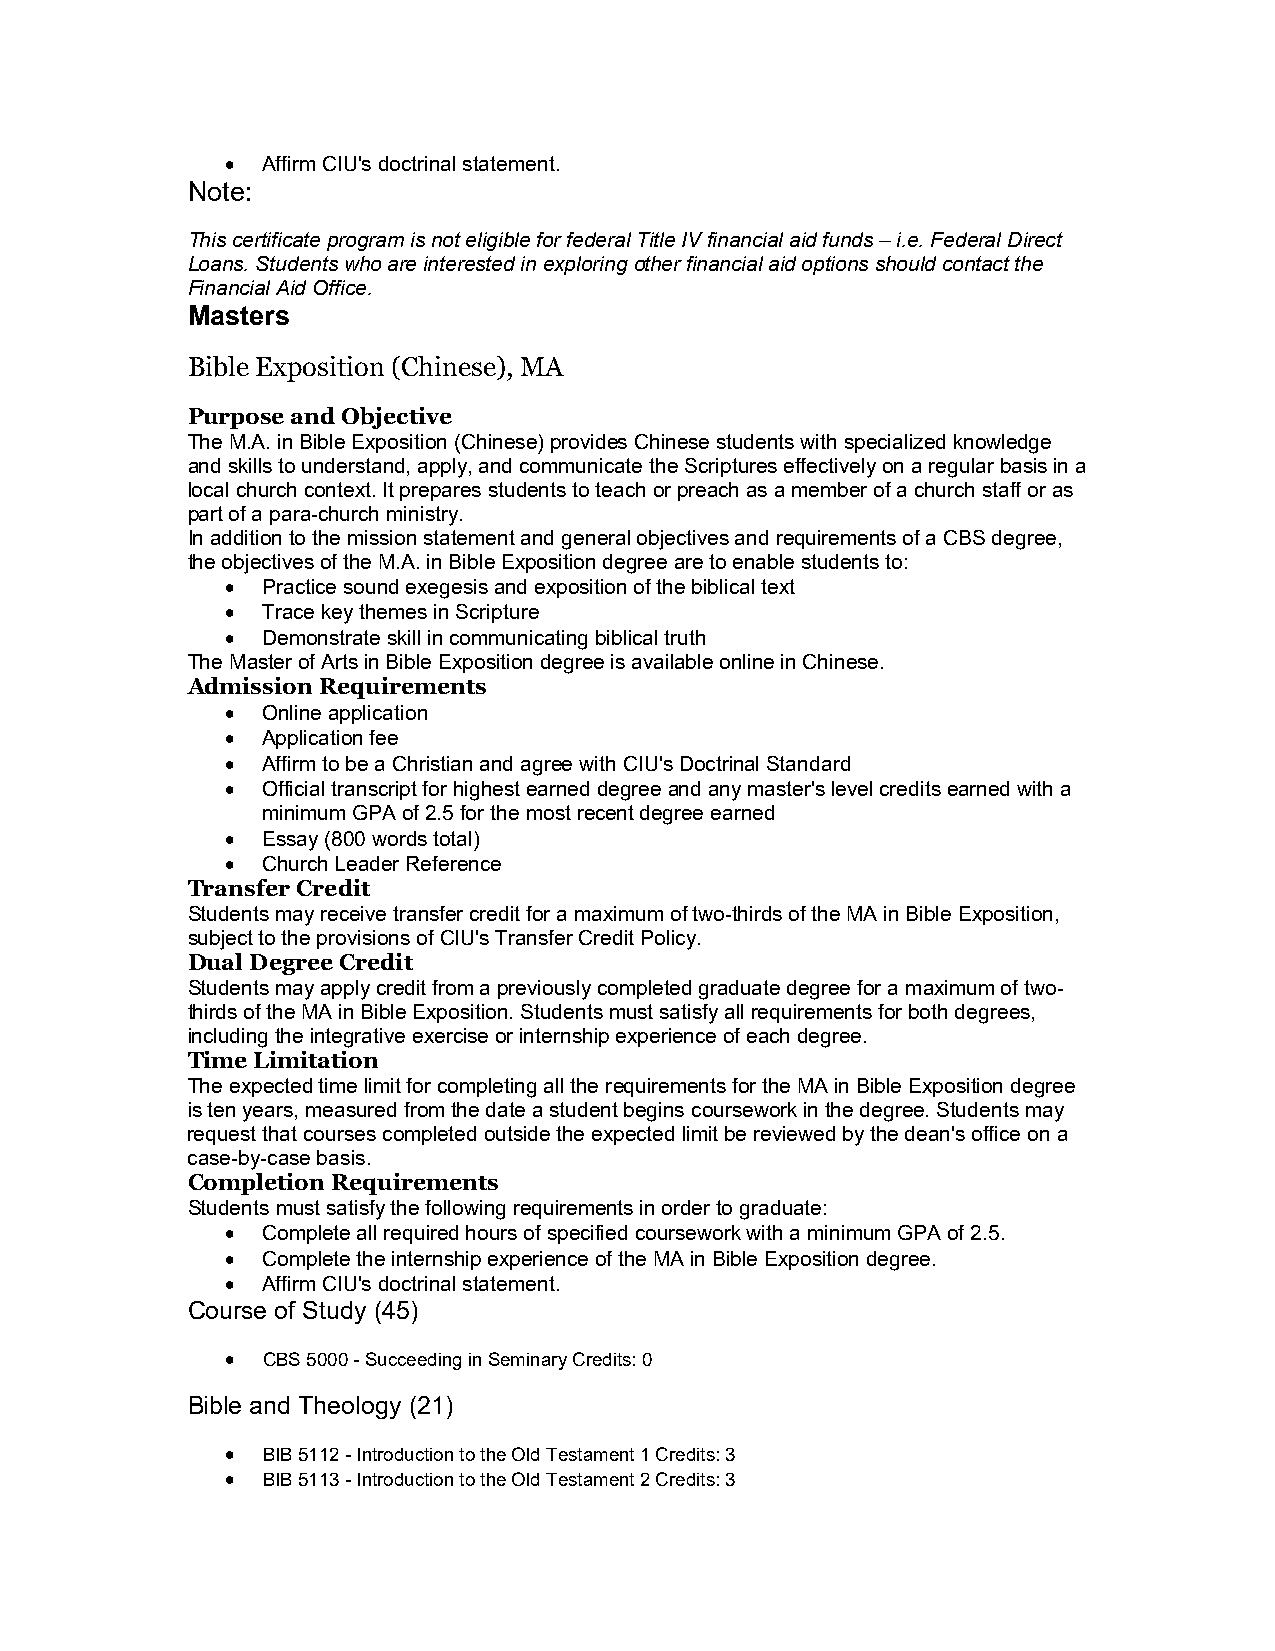
 Affirm CIU's doctrinal statement.
 Note:
 This certificate program is not eligible for federal Title IV financial aid funds – i.e. Federal Direct
 Loans. Students who are interested in exploring other financial aid options should contact the
 Financial Aid Office.
 Masters
 Bible Exposition (Chinese), MA
 Purpose and Objective
 The M.A. in Bible Exposition (Chinese) provides Chinese students with specialized knowledge
 and skills to understand, apply, and communicate the Scriptures effectively on a regular basis in a
 local church context. It prepares students to teach or preach as a member of a church staff or as
 part of a para-church ministry.
 In addition to the mission statement and general objectives and requirements of a CBS degree,
 the objectives of the M.A. in Bible Exposition degree are to enable students to:
  Practice sound exegesis and exposition of the biblical text
  Trace key themes in Scripture
  Demonstrate skill in communicating biblical truth
 The Master of Arts in Bible Exposition degree is available online in Chinese.
 Admission Requirements
  Online application
  Application fee
  Affirm to be a Christian and agree with CIU's Doctrinal Standard
  Official transcript for highest earned degree and any master's level credits earned with a
 minimum GPA of 2.5 for the most recent degree earned
  Essay (800 words total)
  Church Leader Reference
 Transfer Credit
 Students may receive transfer credit for a maximum of two-thirds of the MA in Bible Exposition,
 subject to the provisions of CIU's Transfer Credit Policy.
 Dual Degree Credit
 Students may apply credit from a previously completed graduate degree for a maximum of two-
 thirds of the MA in Bible Exposition. Students must satisfy all requirements for both degrees,
 including the integrative exercise or internship experience of each degree.
 Time Limitation
 The expected time limit for completing all the requirements for the MA in Bible Exposition degree
 is ten years, measured from the date a student begins coursework in the degree. Students may
 request that courses completed outside the expected limit be reviewed by the dean's office on a
 case-by-case basis.
 Completion Requirements
 Students must satisfy the following requirements in order to graduate:
  Complete all required hours of specified coursework with a minimum GPA of 2.5.
  Complete the internship experience of the MA in Bible Exposition degree.
  Affirm CIU's doctrinal statement.
 Course of Study (45)
  CBS 5000 - Succeeding in Seminary Credits: 0
 Bible and Theology (21)
  BIB 5112 - Introduction to the Old Testament 1 Credits: 3
  BIB 5113 - Introduction to the Old Testament 2 Credits: 3